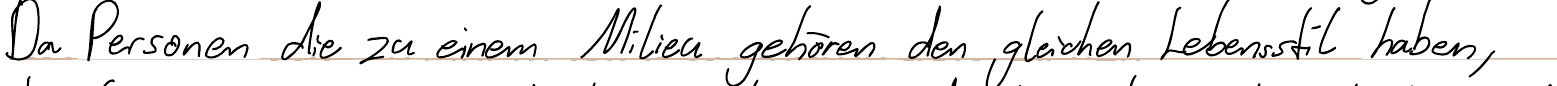
Da Personen die zu einem Milieu gehören den gleichen Lebensstil haben,